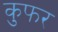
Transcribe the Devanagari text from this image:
कुफर